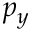
p _ { y }